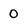
Character: 0